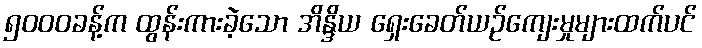
၅၀၀၀ခန့်က ထွန်းကားခဲ့သော အိန္ဒိယ ရှေးခေတ်ယဉ်ကျေးမှုများထက်ပင်